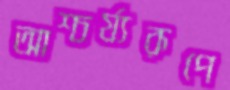
আশ্চর্য্যরূপে